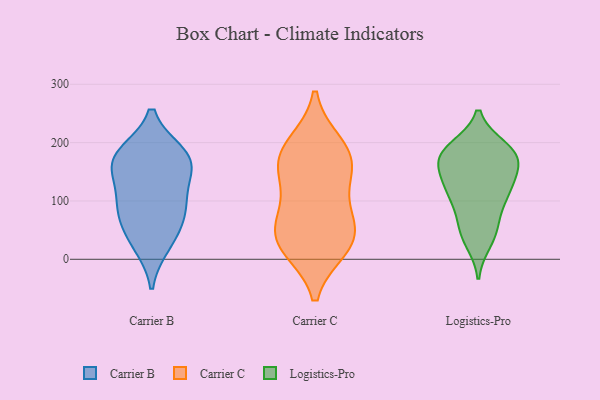
{"axis": {"x": "Churn Rate (%)", "y": "Value"}, "legend": ["Carrier B", "Carrier C", "Logistics-Pro"], "data": [{"x": "", "y": 168, "type": "Carrier B"}, {"x": "", "y": 42, "type": "Carrier B"}, {"x": "", "y": 84, "type": "Carrier B"}, {"x": "", "y": 87, "type": "Carrier B"}, {"x": "", "y": 141, "type": "Carrier B"}, {"x": "", "y": 180, "type": "Carrier B"}, {"x": "", "y": 176, "type": "Carrier B"}, {"x": "", "y": 26, "type": "Carrier B"}, {"x": "", "y": 168, "type": "Carrier B"}, {"x": "", "y": 96, "type": "Carrier B"}, {"x": "", "y": 45, "type": "Carrier C"}, {"x": "", "y": 189, "type": "Carrier C"}, {"x": "", "y": 28, "type": "Carrier C"}, {"x": "", "y": 164, "type": "Carrier C"}, {"x": "", "y": 72, "type": "Carrier C"}, {"x": "", "y": 157, "type": "Carrier C"}, {"x": "", "y": 20, "type": "Carrier C"}, {"x": "", "y": 28, "type": "Carrier C"}, {"x": "", "y": 148, "type": "Carrier C"}, {"x": "", "y": 87, "type": "Carrier C"}, {"x": "", "y": 197, "type": "Carrier C"}, {"x": "", "y": 185, "type": "Logistics-Pro"}, {"x": "", "y": 153, "type": "Logistics-Pro"}, {"x": "", "y": 31, "type": "Logistics-Pro"}, {"x": "", "y": 182, "type": "Logistics-Pro"}, {"x": "", "y": 181, "type": "Logistics-Pro"}, {"x": "", "y": 48, "type": "Logistics-Pro"}, {"x": "", "y": 176, "type": "Logistics-Pro"}, {"x": "", "y": 109, "type": "Logistics-Pro"}, {"x": "", "y": 139, "type": "Logistics-Pro"}, {"x": "", "y": 191, "type": "Logistics-Pro"}, {"x": "", "y": 118, "type": "Logistics-Pro"}, {"x": "", "y": 110, "type": "Logistics-Pro"}, {"x": "", "y": 117, "type": "Logistics-Pro"}, {"x": "", "y": 75, "type": "Logistics-Pro"}, {"x": "", "y": 180, "type": "Logistics-Pro"}, {"x": "", "y": 47, "type": "Logistics-Pro"}, {"x": "", "y": 157, "type": "Logistics-Pro"}]}